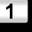
Digit: 1